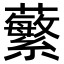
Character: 蘩